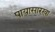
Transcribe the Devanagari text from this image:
पायासारखा